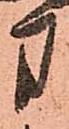
方